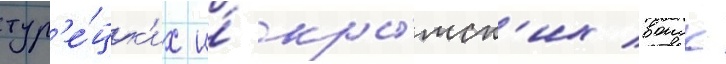
тур'е́цк'их и́ кры́мск'их воиск